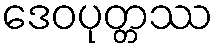
ဒေဝပုတ္တဿ